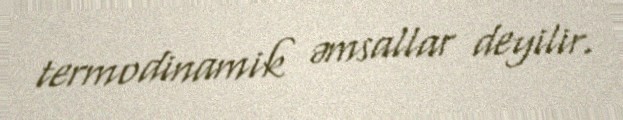
termodinamik əmsallar deyilir.